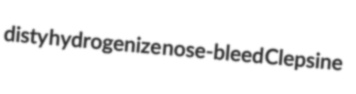
disty hydrogenize nose-bleed Clepsine